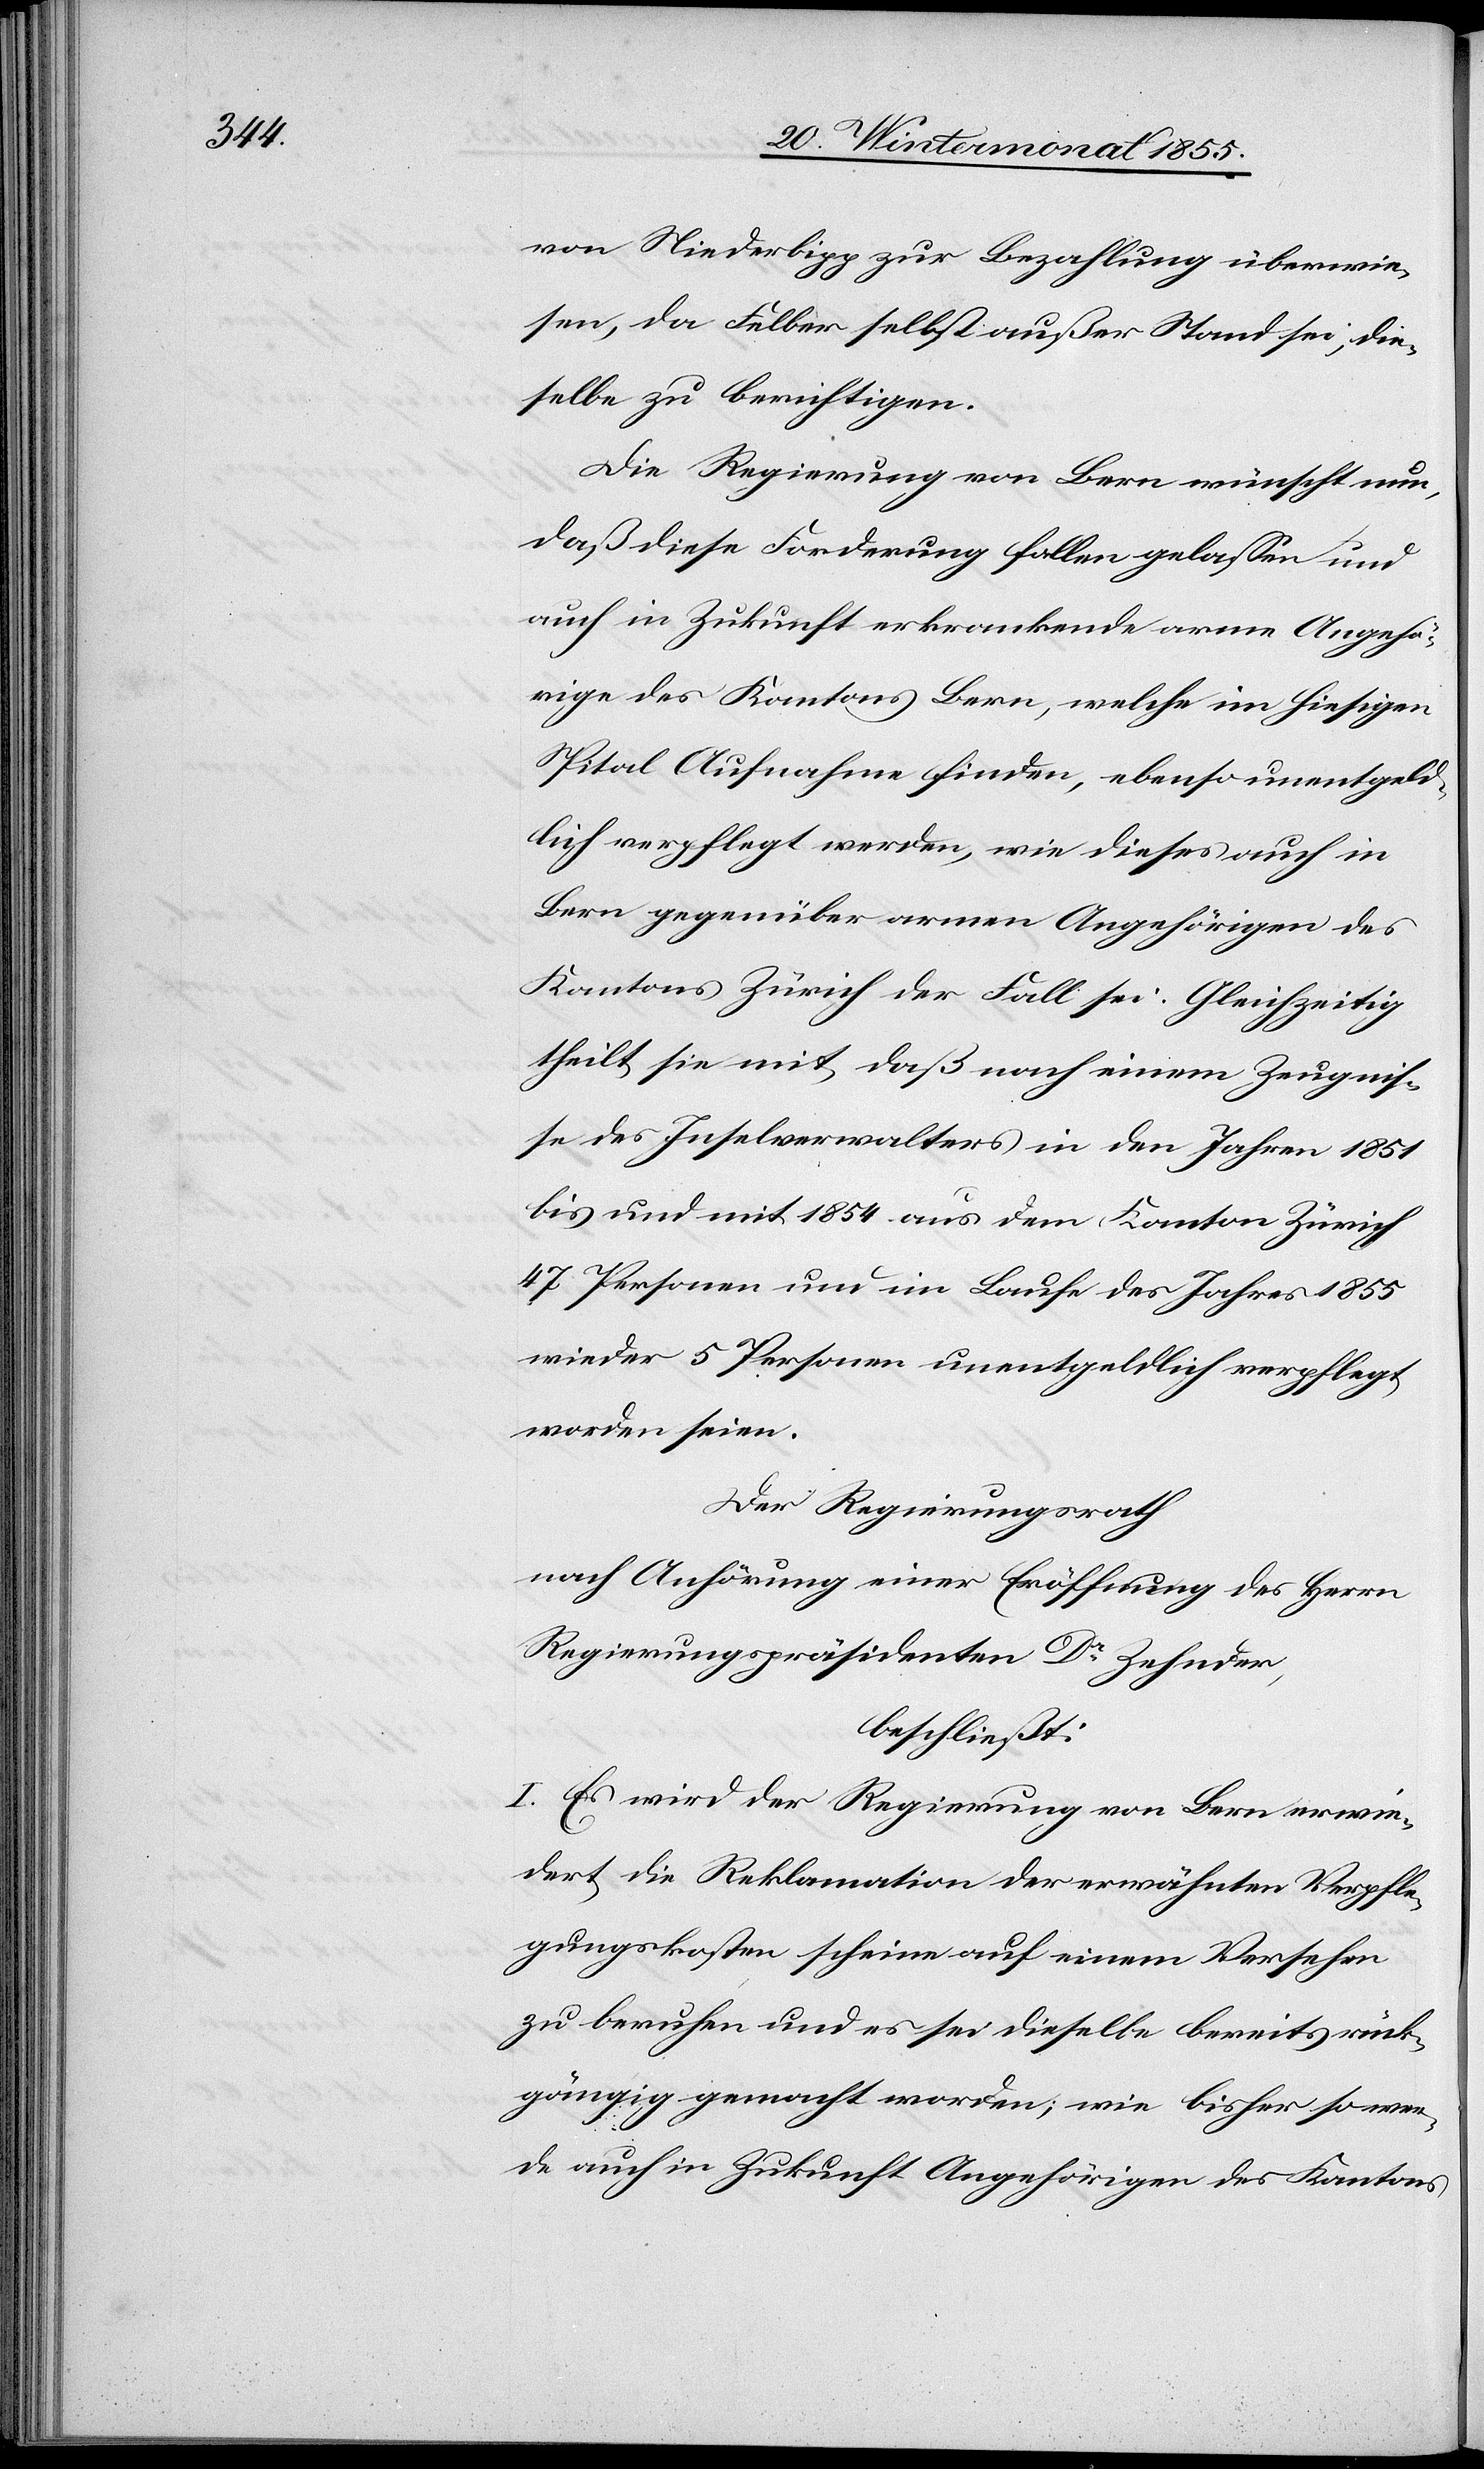
von Niederbipp zur Bezahlung überwie¬
sen, da Felber selbst außer Stand sei, die¬
selbe zu berichtigen.
Die Regierung von Bern wünscht nun,
daß diese Forderung fallen gelassen und
auch in Zukunft erkrankende arme Angehö¬
rige des Kantons Bern, welche im hiesigen
Spital Aufnahme finden, ebenso unentgeld¬
lich verpflegt werden, wie dieses auch in
Bern gegenüber armen Angehörigen des
Kantons Zürich der Fall sei. Gleichzeitig
theilt sie mit, daß nach einem Zeugnis¬
se des Inselverwalters in den Jahren 1851
bis und mit 1854 aus dem Kanton Zürich
47 Personen und im Laufe des Jahres 1855
wieder 5 Personen unentgeldlich verpflegt
worden seien.
Der Regierungsrath
nach Anhörung einer Eröffnung des Herrn
Regierungspräsidenten Dr Zehnder,
beschließt:
I. Es wird der Regierung von Bern erwie¬
dert, die Reklamation der erwähnten Verpfle¬
gungskosten scheine auf einem Versehen
zu beruhen und es sei dieselbe bereits rück¬
gängig gemacht worden; wie bisher so wer¬
de auch in Zukunft Angehörigen des Kantons